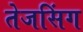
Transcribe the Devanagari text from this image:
तेजसिंग